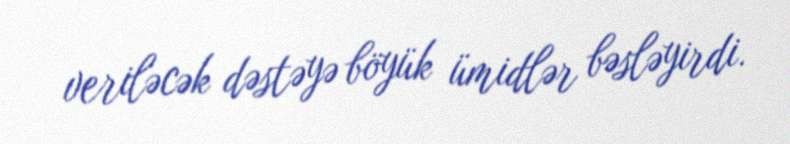
veriləcək dəstəyə böyük ümidlər bəsləyirdi.